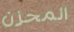
المحزن